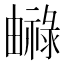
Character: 𤳨